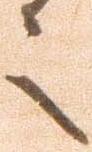
々